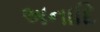
અનાદિ